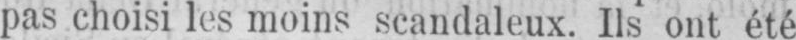
pas choisi les moins scandaleux. Ils ont été